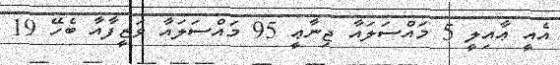
އެއީ ޢާއިލީ 5 މައްސަލައާ ޖިނާޢީ 95 މައްސަލައާ ވަޒީފާއާ ބެހޭ 19